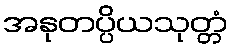
အနုတပ္ပိယသုတ္တံ